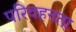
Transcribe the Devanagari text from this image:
परिवहनता